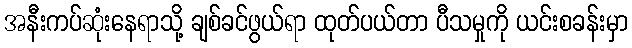
အနီးကပ်ဆုံးနေရာသို့ ချစ်ခင်ဖွယ်ရာ ထုတ်ပယ်တာ ပီသမှုကို ယင်းစခန်းမှာ